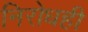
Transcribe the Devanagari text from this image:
निरोधही